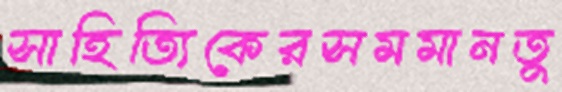
সাহিত্যিকেরসমমানতু